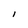
Character: l